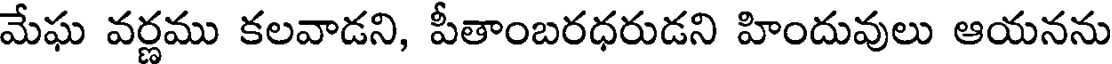
మేఘ వర్ణము కలవాడని, పీతాంబరధరుడని హిందువులు ఆయనను